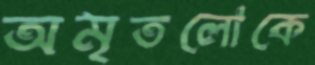
অমৃতলোকে